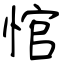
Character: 悺